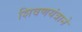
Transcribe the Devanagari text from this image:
शिवणयंत्राने